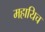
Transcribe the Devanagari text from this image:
महायिच